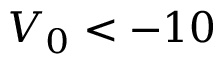
V _ { 0 } < - 1 0